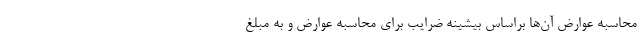
محاسبه عوارض آن‌ها براساس بیشینه ضرایب برای محاسبه عوارض و به مبلغ